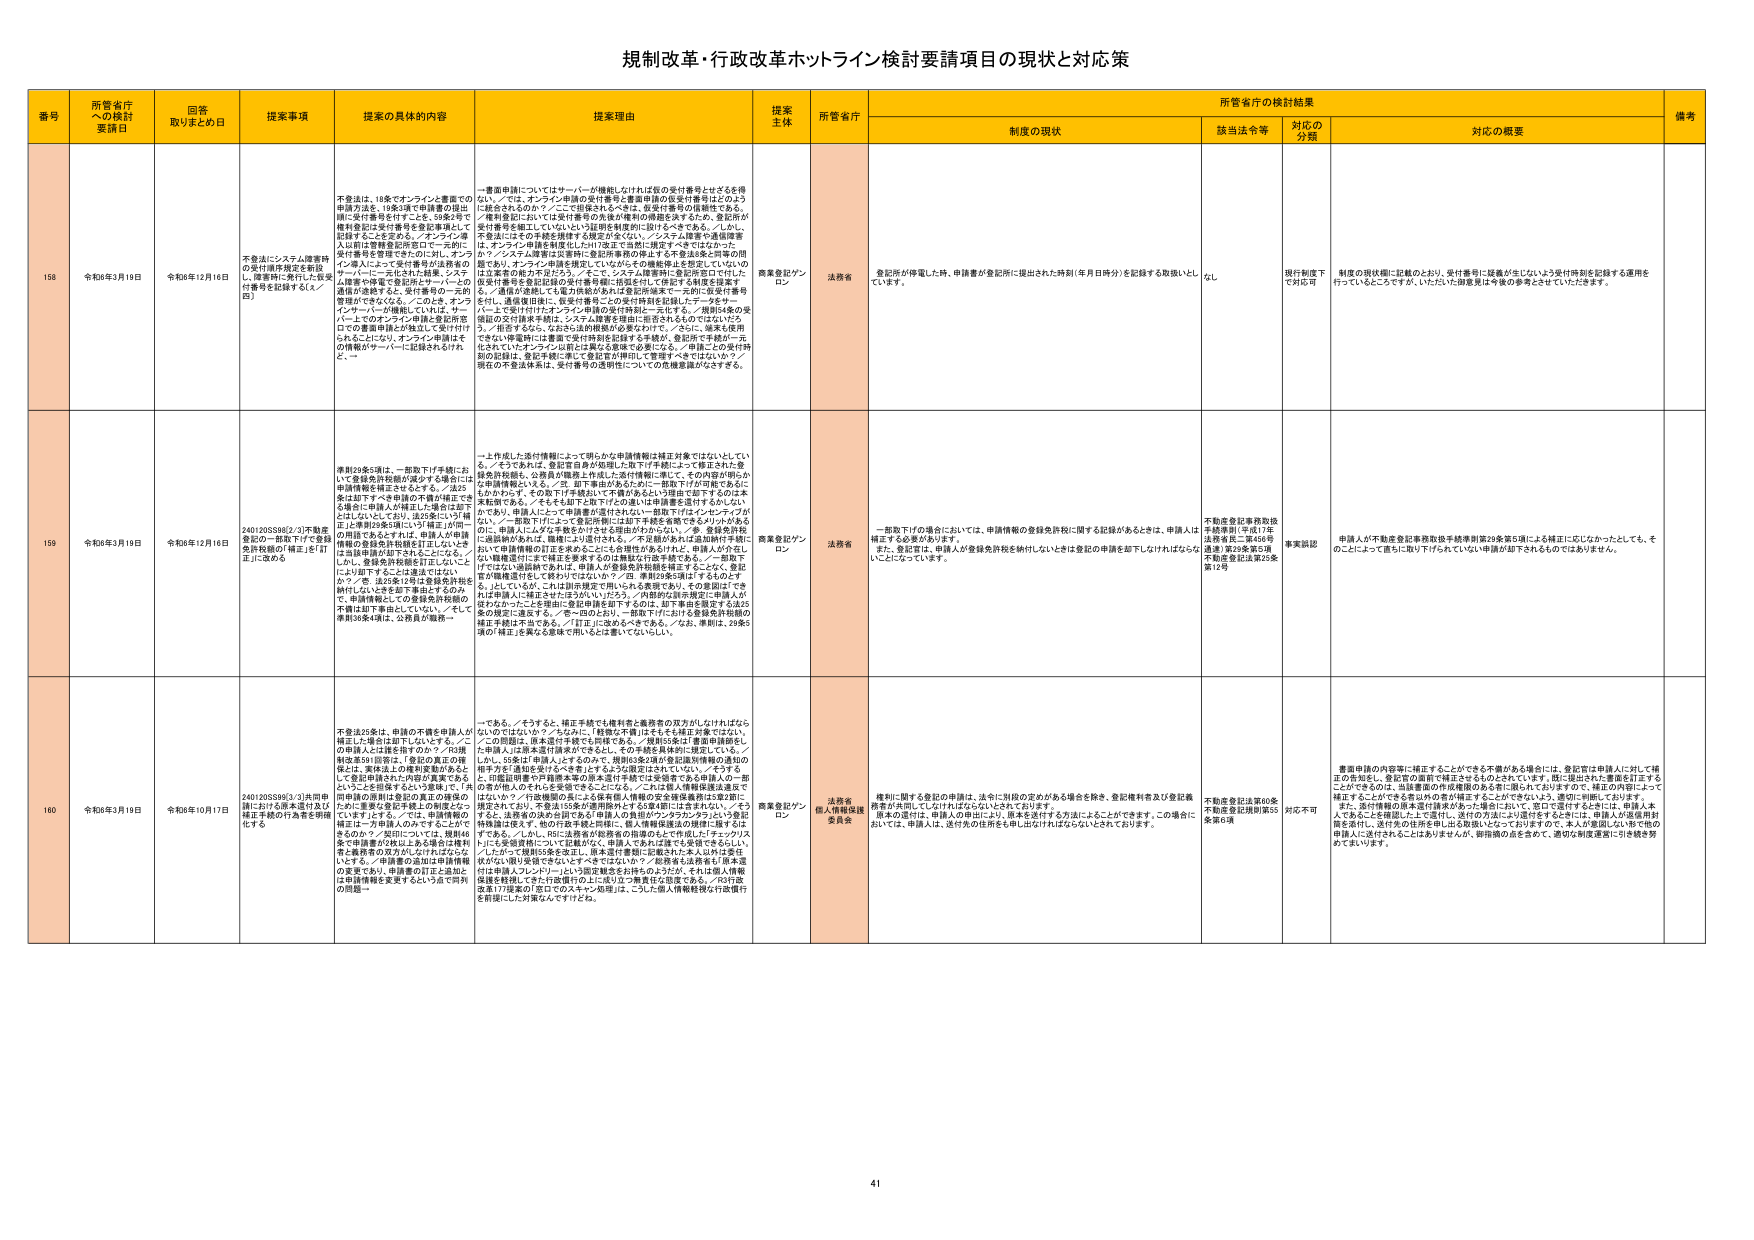
規制改革・行政改革ホットライン検討要請項目の現状と対応策

番号 所管省庁への検討要請日 回答取りまとめ日 提案事項 提案の具体的内容 提案理由 提案主体 所管省庁 所管省庁の検討結果 備考
制度の現状 該当法令等 対応の分類 対応の概要

158 令和6年3月19日 令和6年12月16日 不登録システム廃棄時の受付番号管理を明記し、閲覧時に発行した仮受付番号を記録するしくみを設ける 不登録は、18条でオンラインと書面での申請方法を、18条1項で申請書の提出用に受付番号を付与する。59条3項で権利登記は受付番号を登記事項として記録することを定める。／オンライン導入以前は登録登記所窓口で一元的に受付番号を管理であったが、現に、オンライン導入によって受付番号が法務省のサーバーに一元化され、結果、システム障害や障害で登記所サーバーとの通信が途絶すると、受付番号の一元的管理ができなくなる。／このとき、オンラインサーバーが機能していれば、サーバー上のオンライン登録と登記所サーバーの書面申請とが独立して受付付けられる。これにより、オンライン申請はその情報がサーバーに記録されるけれど、一書面申請についてはサーバーが機能していれば仮の受付番号を付与するを得ない。／では、オンライン申請の受付番号と書面申請の仮受付番号はどのような統合されるのか？／ここに意味されるべきは、登記行事号の連続性である。／権利登記においては受付番号の為後の確認の煩雑さを防ぐため、登記所が受付番号を継上しているという以前の制度的に図示するべきである。／しかし、今登記にはその手続き継続する規定がない。／システム障害や通信障害は、オンライン申請を制度化した117条正で当該に規定すべきではなかったか？／システム障害は法務省に登記所管理の停止を予告通知する等の措置もあり、オンライン申請を規定していながらその機能停止を想定していないのは法務省の能力不足だろう。／そこで、システム障害時に登記所窓口で付した仮受付番号を登記所サーバーに記録する仕組みを設けるべきではないか？／また、通信が途絶しても電子技術があれば登記所窓末で一元的に仮受付番号を付与し、通信復旧後に、登記所番号との受付時登記記録したデータをサーバー上で受付け付したオンライン申請の受付登記に一元化する。／現則54条の受信前の受付番号を検討し、システム障害を想定し一元化をしなければならない。／拒否するなら、なおさら法的根拠が必要なわけで、／さらに、端末を使用できない申請時に書面で受付時刻を記録する手続が、登記所で手続が一元化されていたオンライン以前とは異なる意義での要になる。／申請ごとの受付時刻の記録は、登記手続に準じて登記官が単日にて管理すべきではないか？／現在の不登録体系は、受付番号の透明性についての危機意識がなさすぎる。 商業登記オンライン 法務省 登記所が停電した時、申請者が登記所に提出された時刻（年月日時分）を記録する取扱いをしている。 なし 現行制度下で対応可 制度の現状欄に記載のとおり、受付番号に疑義が生じないよう受付時刻を記録する運用を行っているところですが、いただいた御意見は今後の参考とさせていただきます。

159 令和6年3月19日 令和6年12月16日 2401205598[2/3]不動産登記の一部取下げで登録免許税額の「補正」を「訂正」に改める 準則29条5項は、一部取下げ手続において登録免許税額が減少する場合には申請情報を補正されるべき、／法25条は却下すべき申請の不備が補正できる場合に申請人が補正した場合に却下としない。／そして、法25条にいう「補正」は準則29条5項にいう「補正」が同一の用語であるとすれば、申請人が申請情報の登録免許税額を訂正したときは当該申請が却下されることになる。／しかし、登録免許税額を訂正しないことは却下することとは違えばないか？／答：法25条12項は登録免許税を納付したことを除く不備はするものので、申請情報としての登録免許税額の不備は却下事由としていない。／そして準則29条5項は、公務員が監督・一一部作成した受付情報によって明らかな申請情報は補正対象ではないといい、／そうであれば、登記官自身が知能した取下げ手続によって修正された登録免許税額は、公務員が職員上作成した受付情報に準じて、その内容が明らかに申請情報といえる。／が、却下事由があるために一部取下げが可能であるにもかかわらず、その取下げ手続がいて不備があるという理由で却下するのは本来軽微である。／そもそも却下と取下げの違いは申請書を送付するかしないかであり、申請人にとって申請書が送付されない一覧取下げはインセンティブが低い。／一部取下げによって受付情報には却下手続を省略できるメリットがあるのに、申請人に入力な手続きが引き続き追加されかねない。／参、登録免許税の誤記がなければ、職員により訂正される。／不正誤のためは追加納付手続において申請情報の訂正を求めることも合理的があるけれども、申請人が少しでもいい情報送付にまで補正を要求するのは無駄な行政手続である。／一覧取下げでない追加納付であれば、申請人が登録免許税額を補正することなく、登記官が職員送付をして終らすではないか？／但、準則29条5項は「するものとする」としているが、これは別申請で用いられる表現であり、その意図は「できれば申請人に補正させたほうがいいだろう。／内部的な誤を規定に申請人がおかなかったことと理由に登記申請を却下するのは、却下事由を設定する法25条の規定に違反する。／答へのとおり、一部取下げにおける登録免許税額の補正手続に不備である。／「訂正」に改めるべきである。／なお、準則は、29条2項の「補正」を異なる意味で用いること書いていない。 商業登記オンライン 法務省 一部取下げの場合においては、申請情報の登録免許税に関する記録があるときは、申請人は補正する必要があります。 また、登記官は、申請人が登録免許税を納付しないときは登記の申請を却下しなければならないことにとなっています。 不動産登記事務取扱手続準則（平成17年法務省民二第456号通達）第29条第5項 不動産登記法第25条第1項 事実認定 申請人が不動産登記事務取扱手続準則第29条第5項による補正に応じなかったとしても、そのことによって直ちに取り下げられていない申請が却下されるものではありません。

160 令和6年3月19日 令和6年10月17日 2401205598[3/3]共同申請における成本登記及び補正手続の行為者を明確化する 不登法25条は、申請の不備を申請人が補正した場合は却下しないとする。／この申請人は法務省施行のウ？／行政権限委託1回等は、「委託の真正の権限は、実体法上の権限実施があるとして登記官はこれの実施である」ということを前提するという意味で、「共同申請の原稿は登記の真正の権限のための書面を委託するとの制度」とついています。／では、登録情報の補正は一方向導入のずです。よって、あるのか？／実則については、規則46条で申請書の作成による委託は権利者と義務者の双方がしなければならないとする。／申請書の追加は申請情報の変更であり、申請書の訂正と追加は申請情報を変更するという点で同列の問題。 一である。／そうすると、補正手続でも権利者と義務者の双方がしなければならないのではないか？／ちなみに、「軽微な不備」はそもそも補正対象ではない。／この問題は、原本送付手続でも同様である。／規則55条は「書面申請額をし、申請人は原本送付請求ができる」と、その手続き具体的に規定している。／しかし、55条は「申請人はするもので、規則55条2項が登記所別情報の通知の相手方を「通知を受けた者等」とするように規定はされていない。／そうすると、行政相手方で対象を他の原本送付手続では受領できる申請人の一方向者が他人のそれらを受領できることになる。／これには個人情報保護法違反ではないか？／行政機関の長による原本個人情報の安全確保義務は2項2号に規定されており、不登法155条が適用除外とする58条4項に含まれない。／そうすると、法務省の決めを図である「申請人の負担がアンラウンク？」という登記情報は存在する。他の行政手続と同様に、個人情報保護法の規制対象であるはずである。／しかし、R5に法務省が財務省の指導のもとで作成した「チェックリスト」に「必要情報について記載された、申請人で記載して受領できるらしい。／したがって規則55条を改正し、原本送付書類に記載された本人以外は受任者がない限り受領できないすべきではないか？／記録者も法務省も原本送付は申請人フルオンリー」という固定観念をお持ちのようだが、それは個人情報保護を軽視してきた行政慣行の上に成り立つ無責任な態度である。／「行政法第171条第2項「反口でのスキャン処理」は、こうした個人情報軽視な行政慣行を前提にした対策なんですけどね。 商業登記オンライン 法務省 個人情報保護委員会 権利に関する登記の申請は、法令に別段の定めがある場合を除き、登記権利者及び登記義務者が共同してしなければならないとされています。 原本の送付は、申請人の申出により、原本を送付する方法によることができます。この場合においては、申請人は、送付先の住所をも申し出なければならないとされています。 不動産登記法第60条 不動産登記規則第55条第6項 対応不可 書面申請の内容等に補正することができる不備がある場合には、登記官は申請人に対して補正の告知をし、登記者の選択で補正されるものとしています。既に提出された書面を訂正することができるものは、当該書面の作成権限のある者に限られておりますので、補正の内容によって補正することができる者以外の者が補正することはできないよう、適切に判断しております。 また、受付情報の原本送付請求があった場合において、受付で受付するにあたっては、申請人本人であることを確認した上で送付し、送付の方法により送付をすることは、申請人が送信用封筒を添付し、送付先の住所を申し出る取扱いとなっておりますので、本人が登記しない等の他の申請人に送付されることはありませんが、御指摘の点を含めて、適切な制度運営に引き続き努めてまいります。

41